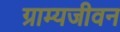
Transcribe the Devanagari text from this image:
ग्राम्यजीवन